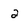
Character: 2